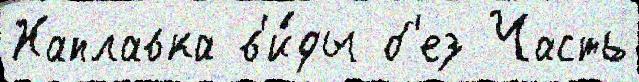
Наплавка в'и́ды б'ез Часть